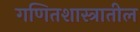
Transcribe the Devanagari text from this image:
गणितशास्त्रातील